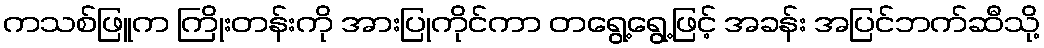
ကသစ်ဖြူက ကြိုးတန်းကို အားပြုကိုင်ကာ တရွေ့ရွေ့ဖြင့် အခန်း အပြင်ဘက်ဆီသို့